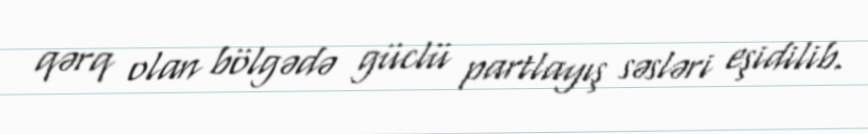
qərq olan bölgədə güclü partlayış səsləri eşidilib.